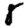
Digit: 8